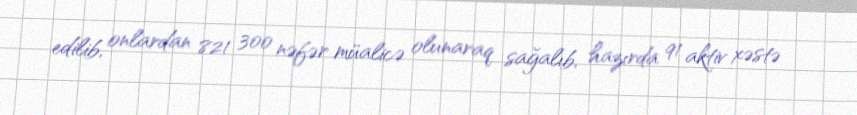
edilib, onlardan 821 300 nəfər müalicə olunaraq sağalıb, hazırda 91 aktiv xəstə